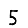
Digit: 5